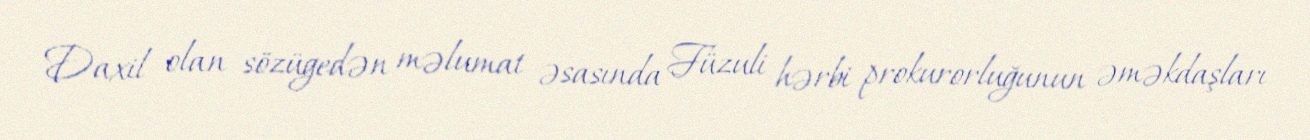
Daxil olan sözügedən məlumat əsasında Füzuli hərbi prokurorluğunun əməkdaşları